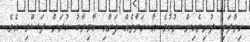
ހިތްދަތި ދުނިޔެއިން ނުުކުމެ އާ ހަޔާތެއް ފަށާއި ކާމިޔާބު ކުރަން ދަސްވި އެވެ.